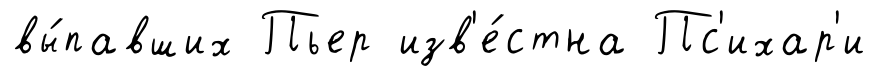
вы́павших Пьер изв'е́стна Пс'ихар'и